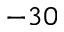
- 3 0